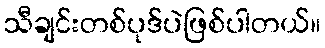
သီချင်းတစ်ပုဒ်ပဲဖြစ်ပါတယ်။